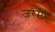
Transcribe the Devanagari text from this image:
जरमेह